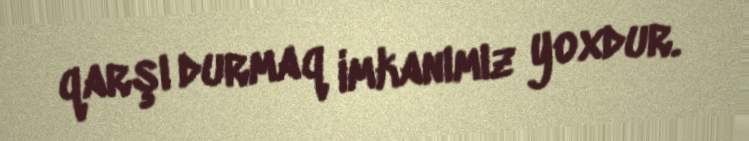
qarşı durmaq imkanımız yoxdur.